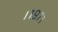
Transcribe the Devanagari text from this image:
।१९७१